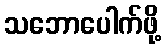
သဘောပေါက်ဖို့